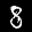
Label: 8